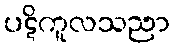
ပဋိကူလသညာ